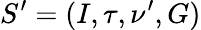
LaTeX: S^{\prime}=(I,\tau,\nu^{\prime},G)